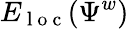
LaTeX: E_{\mathrm{~l~o~c~}}(\Psi^{w})